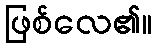
ဖြစ်လေ၏။